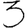
Digit: 3